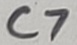
Text: C7